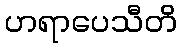
ဟရာပေသီတိ